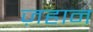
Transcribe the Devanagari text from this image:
ज़हान